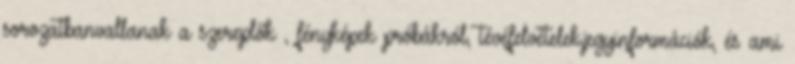
sorozatbanvallanak a szereplők , fényképek próbákról, tévéfelvételek,jegyinformációk, és ami